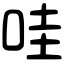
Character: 哇